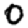
Digit: 0